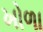
ખોળા